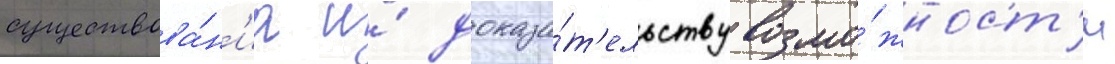
существова́н'иа и́ доказа́т'ельству возмо́жност'и